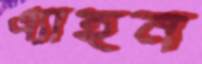
এ্যাহন